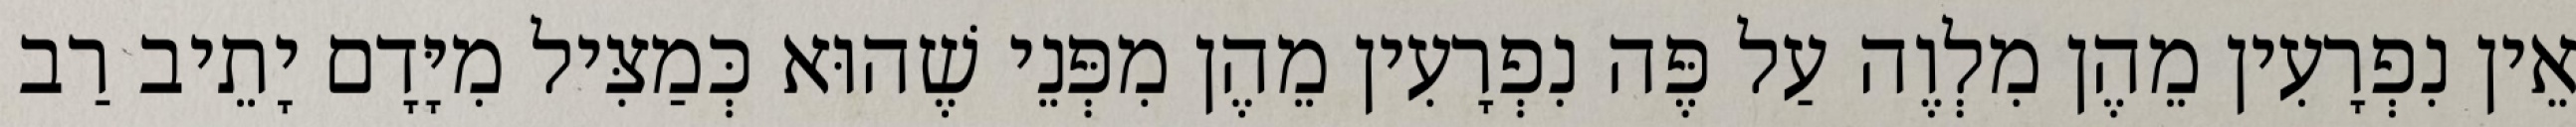
אֵין נִפְרָעִין מֵהֶן מִלְוֶה עַל פֶּה נִפְרָעִין מֵהֶן מִפְּנֵי שֶׁהוּא כְּמַצִּיל מִיָּדָם יָתֵיב רַב